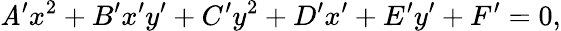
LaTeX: \mathit{A}^{\prime}x^{2}+B^{\prime}x^{\prime}y^{\prime}+C^{\prime}y^{2}+D^{\prime}x^{\prime}+E^{\prime}y^{\prime}+F^{\prime}=0,